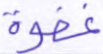
غفوة